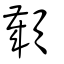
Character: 顪